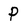
Character: p